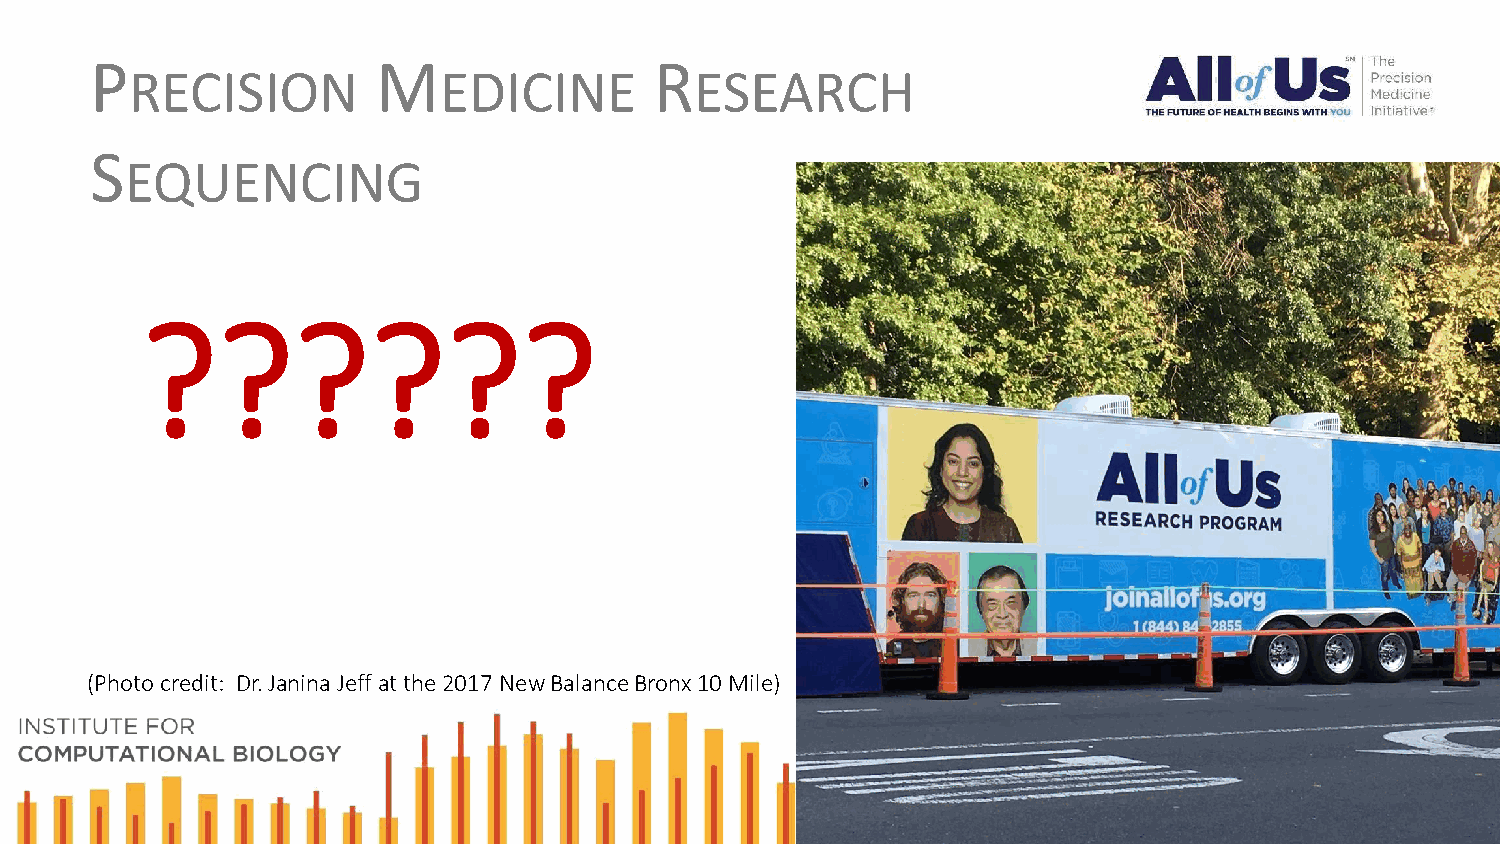
P                  M                 R
 RECISION            EDICINE          ESEARCH
 S
 EQUENCING
 ??????
 (Photo credit: Dr. Janina Jeff at the 2017 New Balance Bronx 10 Mile)